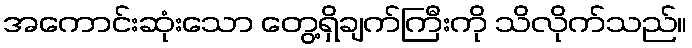
အကောင်းဆုံးသော တွေ့ရှိချက်ကြီးကို သိလိုက်သည်။